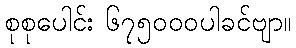
စုစုပေါင်း ၆၇၅၀၀၀ပါခင်ဗျာ။